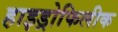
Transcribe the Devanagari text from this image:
हाइड्रोफिलीक